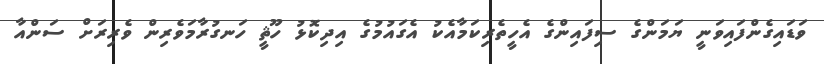
ވަޑައިގެންފައިވަނީ ޔަމަންގެ ސިފައިންގެ އެހީތެރިކަމާއެކު އެގައުމުގެ އިދިކޮޅު ހޫޘީ ހަނގުރާމަވެރިން ވެރިރަށް ސަންއާ